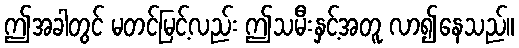
ဤအခါတွင် မတင်မြင့်လည်း ဤသမီးနှင့်အတူ လာ၍နေသည်။